Calcutta medical institutions reports 1871-78
Year: 1871
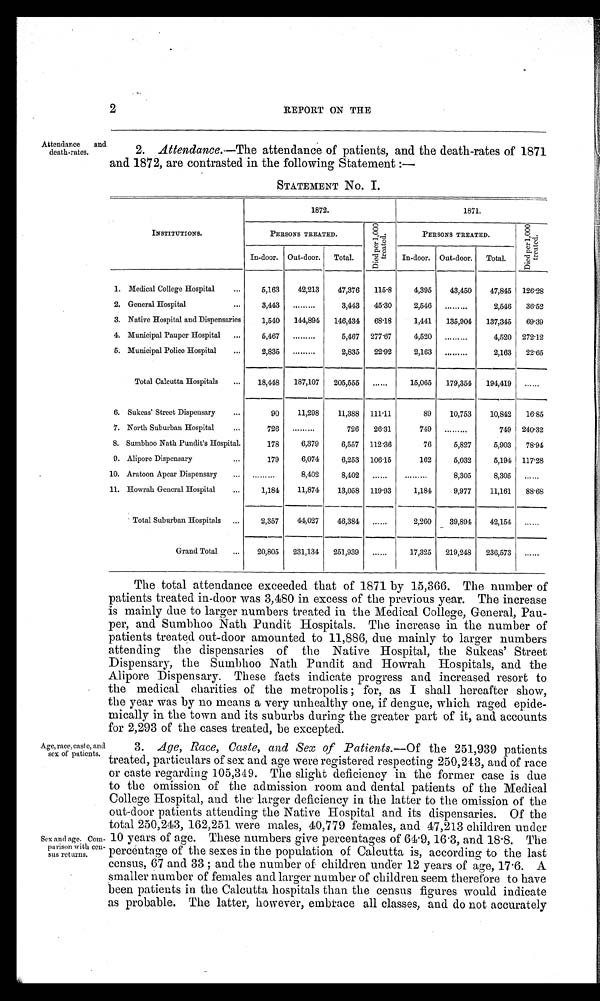
2
REPORT ON THE
Attendance
and
death-rates.
2. Attendance.—The attendance of patients, and the death-rates of 1871
and 1872, are contrasted in the following Statement :—
STATEMENT No. I.
INSTITUTIONS.
1872.
1871.
PERSONS TREATED.
Di e d p e r 1 , 0 0 0 t r e a t e d .
PERSONS TREATED.
Di e d p e r 1 , 0 0 0 t r e a t e d .
In-door. Out-door.
Total.
In-door. Out-door.
Total.
1. Medical College Hospital
5,163
42,213
47,376
115.8
4,395
43,450
47,845
126.28
2. General Hospital
3,443
.........
3,443
45.30
2,546
.........
2,546
36.52
3. Native Hospital and Dispensaries
1,540
144,894
146,434
68.18
1,441
135,904
137,345
69.39
4. Municipal Pauper Hospital
5,467
.........
5,467
277.67
4,520
.........
4,520 272.12
5. Municipal Police Hospital
2,835
.........
2,835
22.92
2,163
.........
2,163
22.65
Total Calcutta Hospitals
18,448
187,107
205,555
......
15,065
179,354
194,419
......
6. Sukeas' Street Dispensary
90
11,298
11,388
111.11
89
10,753
10,842
16.85
7. North Suburban Hospital
726
. . . . . . . . .
726
26.31
749
.........
749
240.32
8. Sumbhoo Nath Pundit's Hospital.
178
6,379
6,557
112.86
76
5,827
5,903
78.94
9. Alipore Dispensary
179
6,074
6,253
106.15
162
5,032
5,194 117.28
10. Aratoon Apcar Dispensary
.........
8,402
8,402
.........
. . . . . . . . .
8,305
8,305
.........
11. Howrah General Hospital
1,184
11,874
13,058
119.93
1,181
9,977
11,161
88.68
-
- -
-
-
-
Total Suburban Hospitals
2,357
44,027
46,384
.........
2,260
39,894
42,154
.........
-
-
Grand Total
20,805
231,134
251,939
.........
17,325
219,248
236,573
.........
The total attendance exceeded that of 1871 by 15,366. The number of
patients treated in-door was 3,480 in excess of the previous year. The increase
is mainly due to larger numbers treated in the Medical College, General, Pau-
per, and Sumbhoo Nath Pundit Hospitals. The increase in the number of
patients treated out-door amounted to 11,886, due mainly to larger numbers
attending the dispensaries of the Native Hospital, the Sukeas' Street
Dispensary, the Sumbhoo Nath Pundit and Howrah Hospitals, and the
Alipore Dispensary. These facts indicate progress and increased resort to
the medical charities of the metropolis; for, as I shall hereafter show,
the year was by no means a very unhealthy one, if dengue, which raged epide-
mically in the town and its suburbs during the greater part of it, and accounts
for 2,293 of the cases treated, be excepted.
Age, race, caste, and
sex of patients.
Sex and age. Com-
parison with cen-
sus returns.
3. Age, Race, Caste, and Sex of Patients.—Of the 251,939 patients
treated, particulars of sex and age were registered respecting 250,213, and of race
or caste regarding 105,349. The slight deficiency in the former case is due
to the omission of the admission room and dental patients of the Medical
College Hospital, and the larger deficiency in the latter to the omission of the
out-door patients attending the Native Hospital and its dispensaries. Of the
total 250,243, 162,251 were males, 40,779 females, and 47,213 children under
10 years of age. These numbers give percentages of 64.9, 16.3, and 18.8. The
percentage of the sexes in the population of Calcutta is, according to the last
census, 67 and 33; and the number of children under 12 years of age, 17.6. A
smaller number of females and larger number of children seem therefore to have
been patients in the Calcutta hospitals than the census figures would indicate
as probable. The latter, however, embrace all classes, and do not accurately